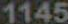
1145